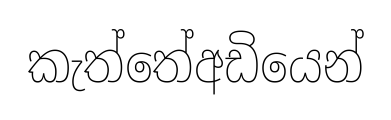
කැත්තේඅඩියෙන්